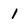
Character: 1